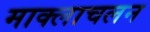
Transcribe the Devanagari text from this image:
माक्लाचलन